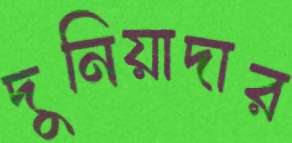
দুনিয়াদার